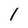
Character: l